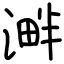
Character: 溿